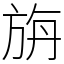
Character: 旃